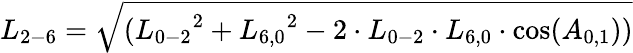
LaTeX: {L_{2-6}}=\sqrt{({L_{0-2}}^{2}+{L_{6,0}}^{2}-2\cdot{L_{0-2}}\cdot{L_{6,0}}\cdot\cos({A_{0,1}}))}